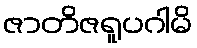
ဇာတိဇရူပဂါမိ